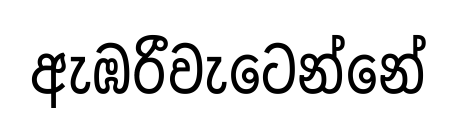
ඇඹරීවැටෙන්නේ